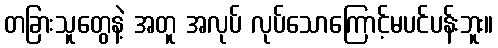
တခြားသူတွေနဲ့ အတူ အလုပ် လုပ်သောကြောင့်မပင်ပန်းဘူး။